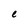
Character: e